画像に写った文字を読んでください
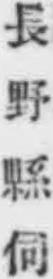
「長野縣伺」と書いてあります